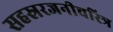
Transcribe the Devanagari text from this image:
सहस्ररजनीचरित्र